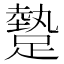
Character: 𨄧